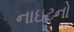
નાઇટનો